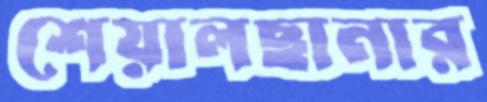
শেয়ালছানার